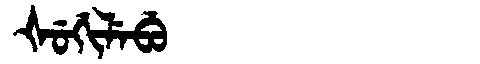
Manchu: ᡧᡠᡤᡳᠯᡝᠪᡠ
Romanization: ŠUGILEBU